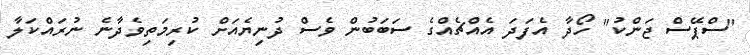
"ސްޕޭސް ޖަންކު" ހޯދާ އެފަދަ އެއްޗެއްގެ ސަބަބުން ވެސް ދުނިޔެއަށް ކުރިމަތިވެދާނެ ނުރައްކަލާ